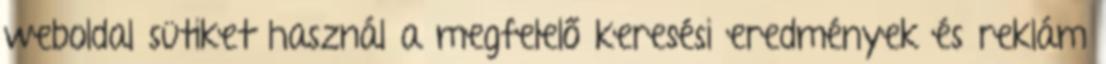
weboldal sütiket használ a megfelelő keresési eredmények és reklám